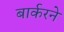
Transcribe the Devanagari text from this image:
बार्करने